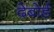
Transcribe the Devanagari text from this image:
देबोर्ड